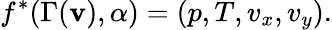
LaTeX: f^{*}(\Gamma(\mathbf{v}),\alpha)=(p,T,v_{x},v_{y}).